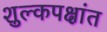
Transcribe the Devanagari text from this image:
शुल्कपक्षांत